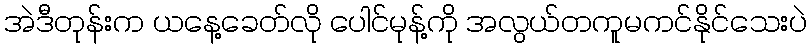
အဲဒီတုန်းက ယနေ့ခေတ်လို ပေါင်မုန့်ကို အလွယ်တကူမကင်နိုင်သေးပဲ